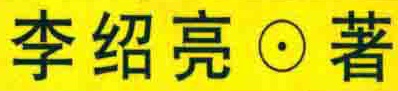
李绍亮$\bullet$著